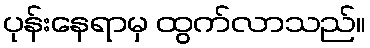
ပုန်းနေရာမှ ထွက်လာသည်။